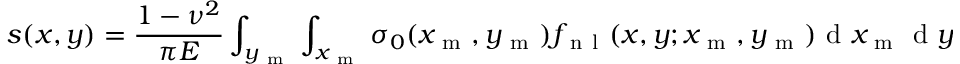
s ( x , y ) = \frac { 1 - \nu ^ { 2 } } { \pi E } \int _ { y _ { \mathrm { ~ m ~ } } } \int _ { x _ { \mathrm { ~ m ~ } } } { \sigma _ { 0 } ( x _ { \mathrm { ~ m ~ } } , y _ { \mathrm { ~ m ~ } } ) } f _ { \mathrm { ~ n ~ l ~ } } ( x , y ; x _ { \mathrm { ~ m ~ } } , y _ { \mathrm { ~ m ~ } } ) \mathrm { ~ d ~ } x _ { \mathrm { ~ m ~ } } \mathrm { ~ d ~ } y _ { \mathrm { ~ m ~ } }